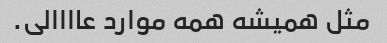
مثل همیشه همه موارد عاااالی.